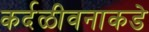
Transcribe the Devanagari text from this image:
कर्दळीवनाकडे